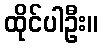
ထိုင်ပါဦး။